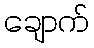
ချောက်